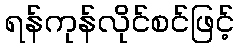
ရန်ကုန်လိုင်စင်ဖြင့်